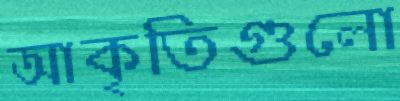
আকৃতিগুলো